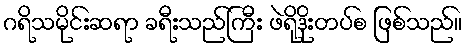
ဂရိသမိုင်းဆရာ ခရီးသည်ကြီး ဖဲရိုဒိုးတပ်စ ဖြစ်သည်။